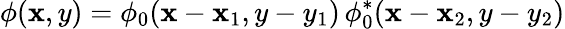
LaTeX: \phi(\mathbf{x},y)=\phi_{0}(\mathbf{x}-\mathbf{x}_{1},y-y_{1})\, \phi_{0}^{\ast}(\mathbf{x}-\mathbf{x}_{2},y-y_{2})